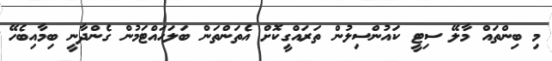
މި ބިންތައް މާލޭ ސިޓީ ކައުންސިލުން ތަރައްގީކޮށް އެތަންތަން ބަލަހައްޓަމުން ގެންދާނީ ބިމާއިބެހޭ